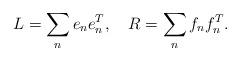
LaTeX: \begin{align*}L=\sum_{n}e_{n}e_{n}^T,\quad R=\sum_{n}f_{n}f_{n}^T.\end{align*}